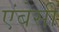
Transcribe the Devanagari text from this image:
एंबेसी